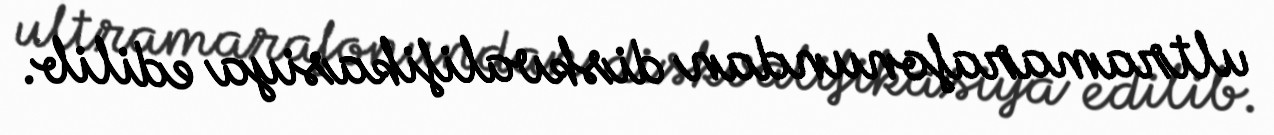
ultramarafonundan diskvalifikasiya edilib.